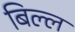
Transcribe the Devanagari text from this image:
बिल्ल